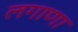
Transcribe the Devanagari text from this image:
लगाणा